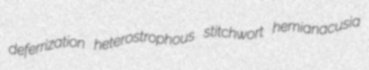
deferrization heterostrophous stitchwort hemianacusia